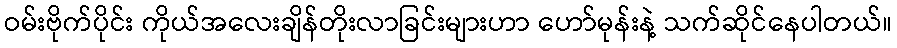
ဝမ်းဗိုက်ပိုင်း ကိုယ်အလေးချိန်တိုးလာခြင်းများဟာ ဟော်မုန်းနဲ့ သက်ဆိုင်နေပါတယ်။